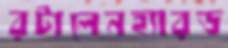
রটালেনহ্যারড